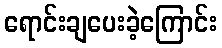
ရောင်းချပေးခဲ့ကြောင်း